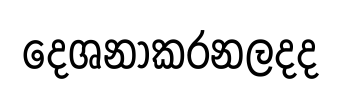
දෙශනාකරනලදද